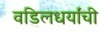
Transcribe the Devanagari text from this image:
वडिलधर्यांची